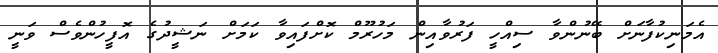
އެމަނިކުފާނަށް ބޭނުންވާ ސިއްހީ ފަރުވާއިން މަހުރޫމް ކޮށްފައިވާ ކަމަށް ނަޝީދުގެ އޮފީހުންވެސް ވަނީ